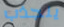
ينجذب